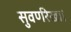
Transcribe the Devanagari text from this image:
सुवर्णरेखा।